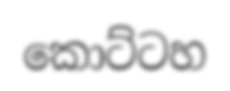
කොට්ටහ